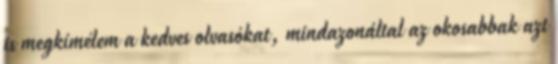
is megkímélem a kedves olvasókat, mindazonáltal az okosabbak azt